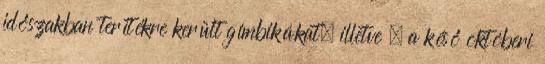
időszakban terítékre került gímbikákat, illetve – a késő októberi